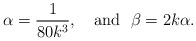
\begin{align*}\alpha=\frac{1}{80k^3}, \ \ \mbox{ and}\ \ \beta=2k\alpha.\end{align*}